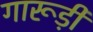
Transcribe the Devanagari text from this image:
गारूड़ी